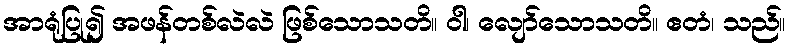
အာရုံပြု၍ အဖန်တစ်လဲလဲ ဖြစ်သောသတိ။ ဝါ၊ လျော်သောသတိ။ ဧတံ၊ သည်။